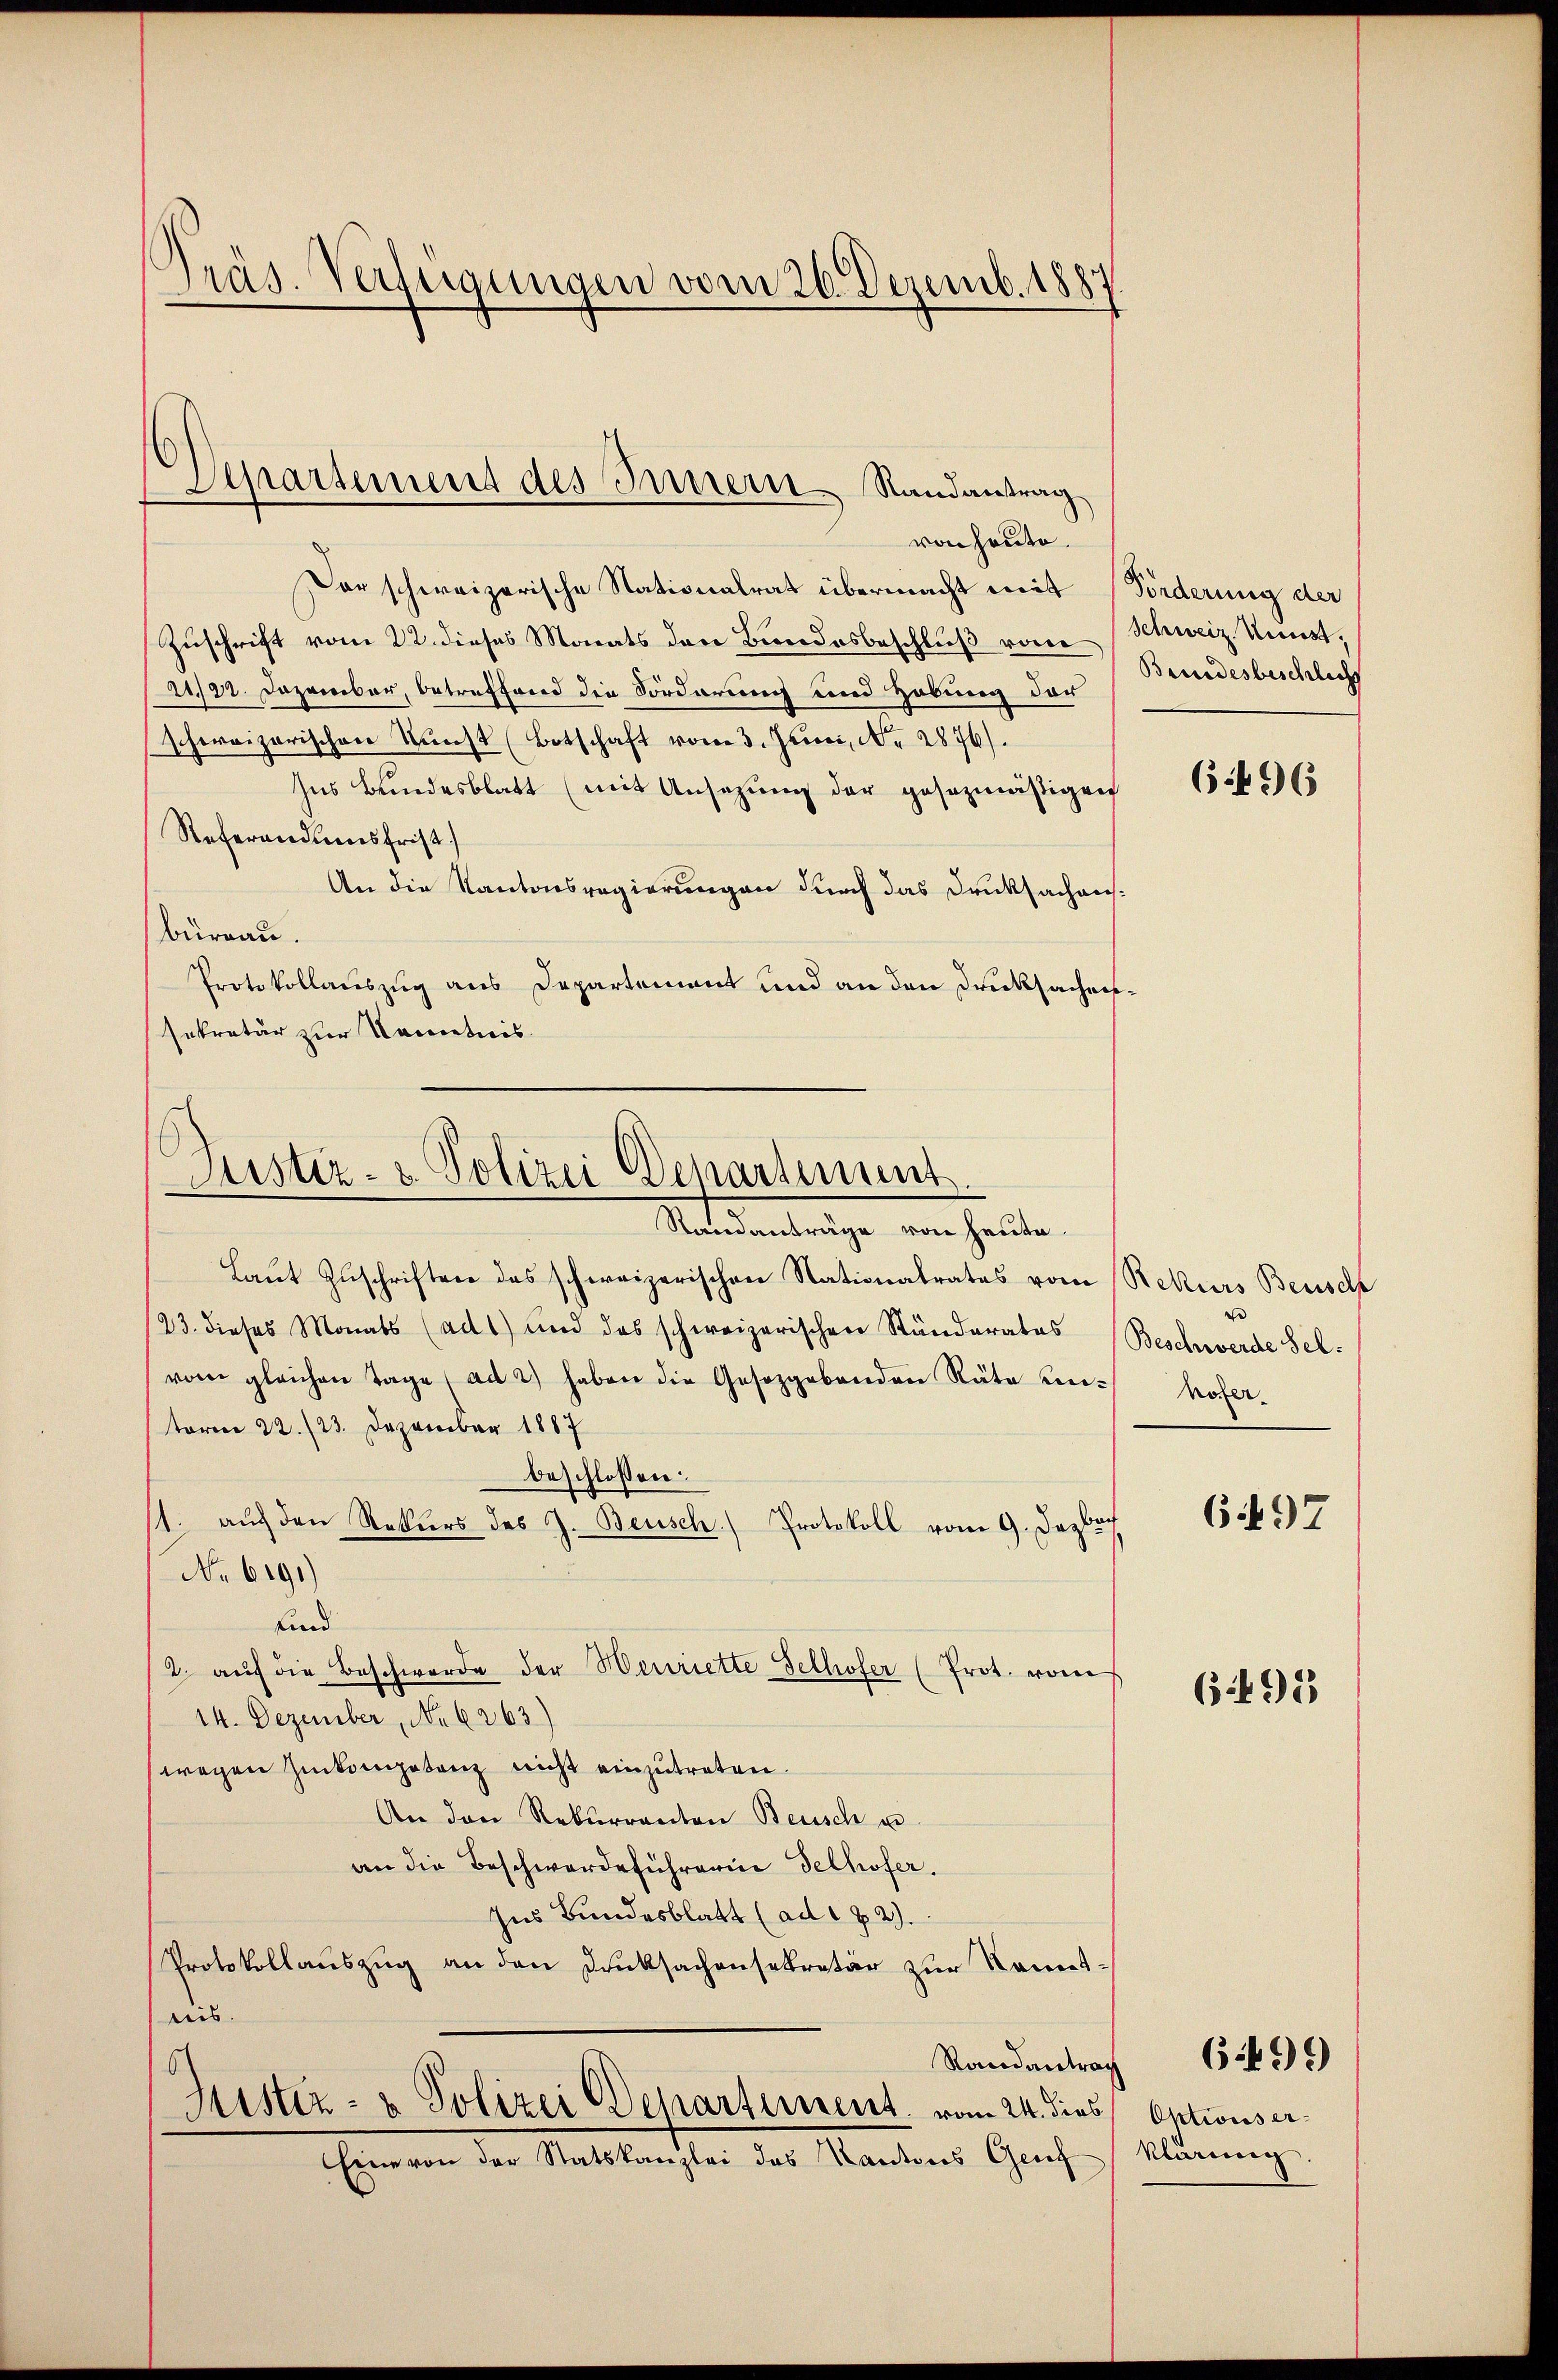
Präs. Verfügungen vom 26. Dezemb. 1887

Departement des Innern Randantrag
von heute.

Dar schweizerische Stationalrat übermacht mit (Förderung der
Zuschrift vom 22. dieses Monats den Bundesbeschluß vom Schweiz. Kunst¬
21/22. Dezember, betreffend die Forderung und Hebung der
schweizerischen Kunst (Botschaft vom 3. Juni, No. 2876).
Ins Bundesblatt (mit Ansezung der gesezmäßigen
Referandumsfrist
An die Kantonsregierungen durch das Druksachensbüreau.
Protokollauszug aus Departement und an den Drucksachensekretär zur Kenntnis

Justiz- & Polizei Departement.
Standanträge von heute.

Laut Zuschriften des schweizerischen Stationalrates vom Rekurs Benisch
/23. dieses Monats (ad 1) und das schweizerischen Ständerates
vom gleichen Tage (ad 2) haben die Gesetzgebenden Räte un-
term 22./23. Dezember 1887
beschlossen:
/1. auch den Rekurs des J. Beusch.) Protokoll vom 9. Jezboch
No 6191)
sind
2. aŭf die Beschwerde der Henriette Selhofer (Prot. von
14. Dezember, No 6263)
wegen Zinkompetenz nicht einzutreten.
An den Rekurrenton Beusch u.
an die Beschwerdeführerin delhofer.
Ins Bundesblatt (ad 172).
Protokollauszug an den Ducksachensekretär zur Kenntnis.
Randantrag
6
Sistiz- & Polizei Departement vom 24. dies
Eine von der Statskanzlei das Kantons Genf

Beundesbeschlichs

6496

Beschwerde sel.
nöter

697

695

Oktions erklärung.

6.499